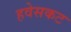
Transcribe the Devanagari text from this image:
हवेसकट